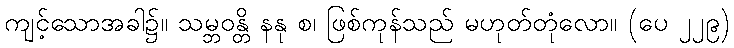
ကျင့်သောအခါ၌။ သမ္ဘဝန္တိ နနု စ၊ ဖြစ်ကုန်သည် မဟုတ်တုံလော။ (ပေ ၂၂၉)